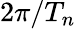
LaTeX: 2\pi/T_{n}